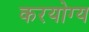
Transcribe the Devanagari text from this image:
करयोग्य